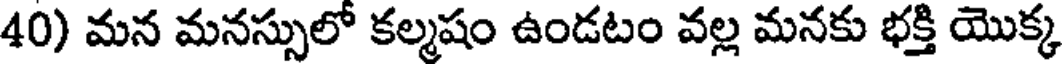
40) మన మనస్సులో కల్మషం ఉండటం వల్ల మనకు భక్తి యొక్క